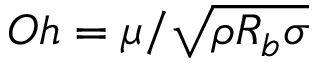
O h = \mu / \sqrt { \rho R _ { b } \sigma }